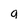
Character: g